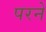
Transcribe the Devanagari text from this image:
परनें